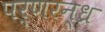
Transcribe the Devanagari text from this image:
पर्णरन्ध्र